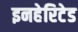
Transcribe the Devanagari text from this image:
इनहेरिटेड